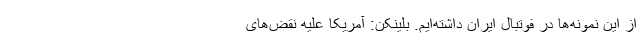
از این نمونه‌ها در فوتبال ایران داشته‌ایم. بلینکن: آمریکا علیه نقض‌های